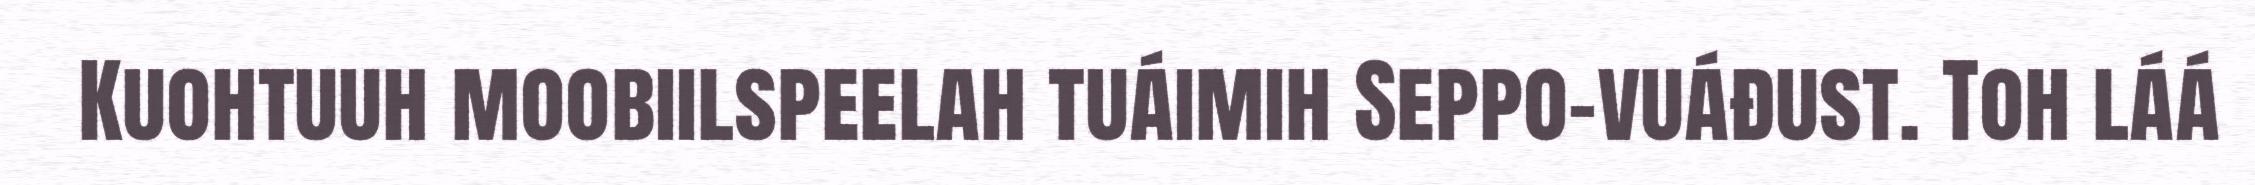
Kuohtuuh moobiilspeelah tuáimih Seppo-vuáđust. Toh láá